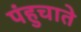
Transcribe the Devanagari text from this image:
पंहुचाते